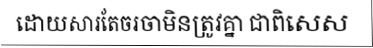
ដោយសារតែចរចាមិនត្រូវគ្នា ជាពិសេស